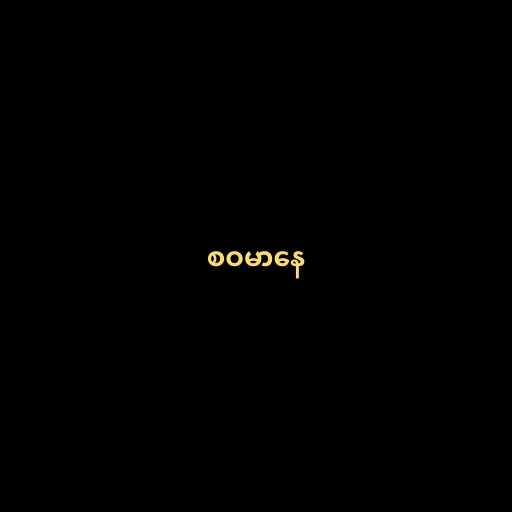
စဝမာနေ